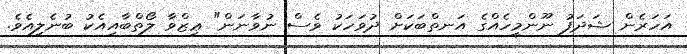
އަހަރެން ޝަދަފު ނޫންމީހެއްގެ އަނތްބަކަށް ދުވަހަކު ވެސް ނުވާނަން" ޢިޒްވާ ލޯތްބާއިއެކު ބުނެލިއެވެ.